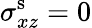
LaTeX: \sigma_{xz}^{\mathrm{s}}=0